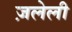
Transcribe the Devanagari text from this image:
ज़लेली